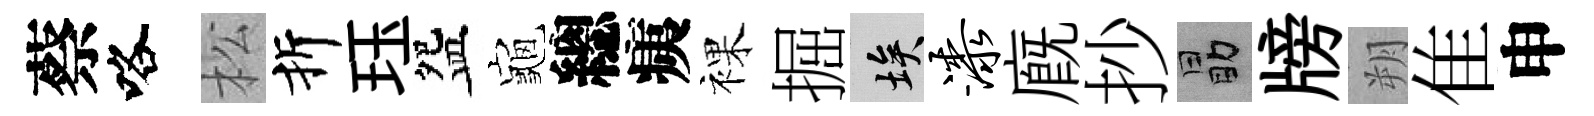
蔡咯松折珏盌龜總痍裸掘埃漆廐抄勗牓朔隹申